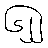
၆၂၂